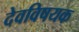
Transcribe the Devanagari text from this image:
देवविषयक